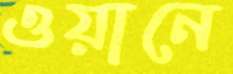
ওয়ানে